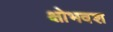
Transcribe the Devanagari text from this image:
क्षोभवश